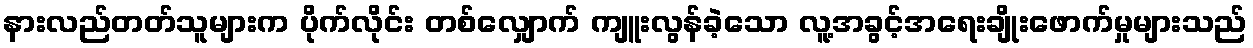
နားလည်တတ်သူများက ပိုက်လိုင်း တစ်လျှောက် ကျူးလွန်ခဲ့သော လူ့အခွင့်အရေးချိုးဖောက်မှုများသည်